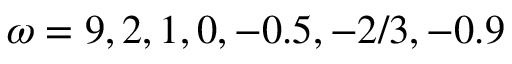
\omega = 9 , 2 , 1 , 0 , - 0 . 5 , - 2 / 3 , - 0 . 9